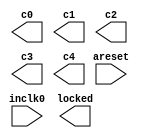
// megafunction wizard: %ALTPLL%VBB%
// GENERATION: STANDARD
// VERSION: WM1.0
// MODULE: altpll 

// ============================================================
// Megafunction Name(s):
// 			altpll
//
// Simulation Library Files(s):
// 			altera_mf
// ============================================================
// ************************************************************
// THIS IS A WIZARD-GENERATED FILE. DO NOT EDIT THIS FILE!
//
// 20.1.0 Build 711 06/05/2020 SJ Lite Edition
// ************************************************************

//Copyright (C) 2020  Intel Corporation. All rights reserved.
//Your use of Intel Corporation's design tools, logic functions 
//and other software and tools, and any partner logic 
//functions, and any output files from any of the foregoing 
//(including device programming or simulation files), and any 
//associated documentation or information are expressly subject 
//to the terms and conditions of the Intel Program License 
//Subscription Agreement, the Intel Quartus Prime License Agreement,
//the Intel FPGA IP License Agreement, or other applicable license
//agreement, including, without limitation, that your use is for
//the sole purpose of programming logic devices manufactured by
//Intel and sold by Intel or its authorized distributors.  Please
//refer to the applicable agreement for further details, at
//https://fpgasoftware.intel.com/eula.

module pll1 (
	areset,
	inclk0,
	c0,
	c1,
	c2,
	c3,
	c4,
	locked);

	input	  areset;
	input	  inclk0;
	output	  c0;
	output	  c1;
	output	  c2;
	output	  c3;
	output	  c4;
	output	  locked;
`ifndef ALTERA_RESERVED_QIS
// synopsys translate_off
`endif
	tri0	  areset;
`ifndef ALTERA_RESERVED_QIS
// synopsys translate_on
`endif

endmodule

// ============================================================
// CNX file retrieval info
// ============================================================
// Retrieval info: PRIVATE: ACTIVECLK_CHECK STRING "0"
// Retrieval info: PRIVATE: BANDWIDTH STRING "1.000"
// Retrieval info: PRIVATE: BANDWIDTH_FEATURE_ENABLED STRING "1"
// Retrieval info: PRIVATE: BANDWIDTH_FREQ_UNIT STRING "MHz"
// Retrieval info: PRIVATE: BANDWIDTH_PRESET STRING "Low"
// Retrieval info: PRIVATE: BANDWIDTH_USE_AUTO STRING "1"
// Retrieval info: PRIVATE: BANDWIDTH_USE_PRESET STRING "0"
// Retrieval info: PRIVATE: CLKBAD_SWITCHOVER_CHECK STRING "0"
// Retrieval info: PRIVATE: CLKLOSS_CHECK STRING "0"
// Retrieval info: PRIVATE: CLKSWITCH_CHECK STRING "0"
// Retrieval info: PRIVATE: CNX_NO_COMPENSATE_RADIO STRING "0"
// Retrieval info: PRIVATE: CREATE_CLKBAD_CHECK STRING "0"
// Retrieval info: PRIVATE: CREATE_INCLK1_CHECK STRING "0"
// Retrieval info: PRIVATE: CUR_DEDICATED_CLK STRING "c0"
// Retrieval info: PRIVATE: CUR_FBIN_CLK STRING "c0"
// Retrieval info: PRIVATE: DEVICE_SPEED_GRADE STRING "Any"
// Retrieval info: PRIVATE: DIV_FACTOR0 NUMERIC "1"
// Retrieval info: PRIVATE: DIV_FACTOR1 NUMERIC "1"
// Retrieval info: PRIVATE: DIV_FACTOR2 NUMERIC "1"
// Retrieval info: PRIVATE: DIV_FACTOR3 NUMERIC "1"
// Retrieval info: PRIVATE: DIV_FACTOR4 NUMERIC "1"
// Retrieval info: PRIVATE: DUTY_CYCLE0 STRING "50.00000000"
// Retrieval info: PRIVATE: DUTY_CYCLE1 STRING "50.00000000"
// Retrieval info: PRIVATE: DUTY_CYCLE2 STRING "50.00000000"
// Retrieval info: PRIVATE: DUTY_CYCLE3 STRING "50.00000000"
// Retrieval info: PRIVATE: DUTY_CYCLE4 STRING "50.00000000"
// Retrieval info: PRIVATE: EFF_OUTPUT_FREQ_VALUE0 STRING "25.000000"
// Retrieval info: PRIVATE: EFF_OUTPUT_FREQ_VALUE1 STRING "25.000000"
// Retrieval info: PRIVATE: EFF_OUTPUT_FREQ_VALUE2 STRING "25.000000"
// Retrieval info: PRIVATE: EFF_OUTPUT_FREQ_VALUE3 STRING "25.000000"
// Retrieval info: PRIVATE: EFF_OUTPUT_FREQ_VALUE4 STRING "25.000000"
// Retrieval info: PRIVATE: EXPLICIT_SWITCHOVER_COUNTER STRING "0"
// Retrieval info: PRIVATE: EXT_FEEDBACK_RADIO STRING "0"
// Retrieval info: PRIVATE: GLOCKED_COUNTER_EDIT_CHANGED STRING "1"
// Retrieval info: PRIVATE: GLOCKED_FEATURE_ENABLED STRING "0"
// Retrieval info: PRIVATE: GLOCKED_MODE_CHECK STRING "0"
// Retrieval info: PRIVATE: GLOCK_COUNTER_EDIT NUMERIC "1048575"
// Retrieval info: PRIVATE: HAS_MANUAL_SWITCHOVER STRING "1"
// Retrieval info: PRIVATE: INCLK0_FREQ_EDIT STRING "50.000"
// Retrieval info: PRIVATE: INCLK0_FREQ_UNIT_COMBO STRING "MHz"
// Retrieval info: PRIVATE: INCLK1_FREQ_EDIT STRING "100.000"
// Retrieval info: PRIVATE: INCLK1_FREQ_EDIT_CHANGED STRING "1"
// Retrieval info: PRIVATE: INCLK1_FREQ_UNIT_CHANGED STRING "1"
// Retrieval info: PRIVATE: INCLK1_FREQ_UNIT_COMBO STRING "MHz"
// Retrieval info: PRIVATE: INTENDED_DEVICE_FAMILY STRING "Cyclone IV E"
// Retrieval info: PRIVATE: INT_FEEDBACK__MODE_RADIO STRING "1"
// Retrieval info: PRIVATE: LOCKED_OUTPUT_CHECK STRING "1"
// Retrieval info: PRIVATE: LONG_SCAN_RADIO STRING "1"
// Retrieval info: PRIVATE: LVDS_MODE_DATA_RATE STRING "Not Available"
// Retrieval info: PRIVATE: LVDS_MODE_DATA_RATE_DIRTY NUMERIC "0"
// Retrieval info: PRIVATE: LVDS_PHASE_SHIFT_UNIT0 STRING "ps"
// Retrieval info: PRIVATE: LVDS_PHASE_SHIFT_UNIT1 STRING "deg"
// Retrieval info: PRIVATE: LVDS_PHASE_SHIFT_UNIT2 STRING "deg"
// Retrieval info: PRIVATE: LVDS_PHASE_SHIFT_UNIT3 STRING "deg"
// Retrieval info: PRIVATE: LVDS_PHASE_SHIFT_UNIT4 STRING "deg"
// Retrieval info: PRIVATE: MIG_DEVICE_SPEED_GRADE STRING "Any"
// Retrieval info: PRIVATE: MIRROR_CLK0 STRING "0"
// Retrieval info: PRIVATE: MIRROR_CLK1 STRING "0"
// Retrieval info: PRIVATE: MIRROR_CLK2 STRING "0"
// Retrieval info: PRIVATE: MIRROR_CLK3 STRING "0"
// Retrieval info: PRIVATE: MIRROR_CLK4 STRING "0"
// Retrieval info: PRIVATE: MULT_FACTOR0 NUMERIC "1"
// Retrieval info: PRIVATE: MULT_FACTOR1 NUMERIC "1"
// Retrieval info: PRIVATE: MULT_FACTOR2 NUMERIC "1"
// Retrieval info: PRIVATE: MULT_FACTOR3 NUMERIC "1"
// Retrieval info: PRIVATE: MULT_FACTOR4 NUMERIC "1"
// Retrieval info: PRIVATE: NORMAL_MODE_RADIO STRING "1"
// Retrieval info: PRIVATE: OUTPUT_FREQ0 STRING "25.00000000"
// Retrieval info: PRIVATE: OUTPUT_FREQ1 STRING "25.00000000"
// Retrieval info: PRIVATE: OUTPUT_FREQ2 STRING "25.00000000"
// Retrieval info: PRIVATE: OUTPUT_FREQ3 STRING "25.00000000"
// Retrieval info: PRIVATE: OUTPUT_FREQ4 STRING "25.00000000"
// Retrieval info: PRIVATE: OUTPUT_FREQ_MODE0 STRING "1"
// Retrieval info: PRIVATE: OUTPUT_FREQ_MODE1 STRING "1"
// Retrieval info: PRIVATE: OUTPUT_FREQ_MODE2 STRING "1"
// Retrieval info: PRIVATE: OUTPUT_FREQ_MODE3 STRING "1"
// Retrieval info: PRIVATE: OUTPUT_FREQ_MODE4 STRING "1"
// Retrieval info: PRIVATE: OUTPUT_FREQ_UNIT0 STRING "MHz"
// Retrieval info: PRIVATE: OUTPUT_FREQ_UNIT1 STRING "MHz"
// Retrieval info: PRIVATE: OUTPUT_FREQ_UNIT2 STRING "MHz"
// Retrieval info: PRIVATE: OUTPUT_FREQ_UNIT3 STRING "MHz"
// Retrieval info: PRIVATE: OUTPUT_FREQ_UNIT4 STRING "MHz"
// Retrieval info: PRIVATE: PHASE_RECONFIG_FEATURE_ENABLED STRING "1"
// Retrieval info: PRIVATE: PHASE_RECONFIG_INPUTS_CHECK STRING "0"
// Retrieval info: PRIVATE: PHASE_SHIFT0 STRING "0.00000000"
// Retrieval info: PRIVATE: PHASE_SHIFT1 STRING "72.00000000"
// Retrieval info: PRIVATE: PHASE_SHIFT2 STRING "144.00000000"
// Retrieval info: PRIVATE: PHASE_SHIFT3 STRING "216.00000000"
// Retrieval info: PRIVATE: PHASE_SHIFT4 STRING "288.00000000"
// Retrieval info: PRIVATE: PHASE_SHIFT_STEP_ENABLED_CHECK STRING "0"
// Retrieval info: PRIVATE: PHASE_SHIFT_UNIT0 STRING "ps"
// Retrieval info: PRIVATE: PHASE_SHIFT_UNIT1 STRING "deg"
// Retrieval info: PRIVATE: PHASE_SHIFT_UNIT2 STRING "deg"
// Retrieval info: PRIVATE: PHASE_SHIFT_UNIT3 STRING "deg"
// Retrieval info: PRIVATE: PHASE_SHIFT_UNIT4 STRING "deg"
// Retrieval info: PRIVATE: PLL_ADVANCED_PARAM_CHECK STRING "0"
// Retrieval info: PRIVATE: PLL_ARESET_CHECK STRING "1"
// Retrieval info: PRIVATE: PLL_AUTOPLL_CHECK NUMERIC "1"
// Retrieval info: PRIVATE: PLL_ENHPLL_CHECK NUMERIC "0"
// Retrieval info: PRIVATE: PLL_FASTPLL_CHECK NUMERIC "0"
// Retrieval info: PRIVATE: PLL_FBMIMIC_CHECK STRING "0"
// Retrieval info: PRIVATE: PLL_LVDS_PLL_CHECK NUMERIC "0"
// Retrieval info: PRIVATE: PLL_PFDENA_CHECK STRING "0"
// Retrieval info: PRIVATE: PLL_TARGET_HARCOPY_CHECK NUMERIC "0"
// Retrieval info: PRIVATE: PRIMARY_CLK_COMBO STRING "inclk0"
// Retrieval info: PRIVATE: RECONFIG_FILE STRING "pll1.mif"
// Retrieval info: PRIVATE: SACN_INPUTS_CHECK STRING "0"
// Retrieval info: PRIVATE: SCAN_FEATURE_ENABLED STRING "1"
// Retrieval info: PRIVATE: SELF_RESET_LOCK_LOSS STRING "0"
// Retrieval info: PRIVATE: SHORT_SCAN_RADIO STRING "0"
// Retrieval info: PRIVATE: SPREAD_FEATURE_ENABLED STRING "0"
// Retrieval info: PRIVATE: SPREAD_FREQ STRING "50.000"
// Retrieval info: PRIVATE: SPREAD_FREQ_UNIT STRING "KHz"
// Retrieval info: PRIVATE: SPREAD_PERCENT STRING "0.500"
// Retrieval info: PRIVATE: SPREAD_USE STRING "0"
// Retrieval info: PRIVATE: SRC_SYNCH_COMP_RADIO STRING "0"
// Retrieval info: PRIVATE: STICKY_CLK0 STRING "1"
// Retrieval info: PRIVATE: STICKY_CLK1 STRING "1"
// Retrieval info: PRIVATE: STICKY_CLK2 STRING "1"
// Retrieval info: PRIVATE: STICKY_CLK3 STRING "1"
// Retrieval info: PRIVATE: STICKY_CLK4 STRING "1"
// Retrieval info: PRIVATE: SWITCHOVER_COUNT_EDIT NUMERIC "1"
// Retrieval info: PRIVATE: SWITCHOVER_FEATURE_ENABLED STRING "1"
// Retrieval info: PRIVATE: SYNTH_WRAPPER_GEN_POSTFIX STRING "0"
// Retrieval info: PRIVATE: USE_CLK0 STRING "1"
// Retrieval info: PRIVATE: USE_CLK1 STRING "1"
// Retrieval info: PRIVATE: USE_CLK2 STRING "1"
// Retrieval info: PRIVATE: USE_CLK3 STRING "1"
// Retrieval info: PRIVATE: USE_CLK4 STRING "1"
// Retrieval info: PRIVATE: USE_CLKENA0 STRING "0"
// Retrieval info: PRIVATE: USE_CLKENA1 STRING "0"
// Retrieval info: PRIVATE: USE_CLKENA2 STRING "0"
// Retrieval info: PRIVATE: USE_CLKENA3 STRING "0"
// Retrieval info: PRIVATE: USE_CLKENA4 STRING "0"
// Retrieval info: PRIVATE: USE_MIL_SPEED_GRADE NUMERIC "0"
// Retrieval info: PRIVATE: ZERO_DELAY_RADIO STRING "0"
// Retrieval info: LIBRARY: altera_mf altera_mf.altera_mf_components.all
// Retrieval info: CONSTANT: BANDWIDTH_TYPE STRING "AUTO"
// Retrieval info: CONSTANT: CLK0_DIVIDE_BY NUMERIC "2"
// Retrieval info: CONSTANT: CLK0_DUTY_CYCLE NUMERIC "50"
// Retrieval info: CONSTANT: CLK0_MULTIPLY_BY NUMERIC "1"
// Retrieval info: CONSTANT: CLK0_PHASE_SHIFT STRING "0"
// Retrieval info: CONSTANT: CLK1_DIVIDE_BY NUMERIC "2"
// Retrieval info: CONSTANT: CLK1_DUTY_CYCLE NUMERIC "50"
// Retrieval info: CONSTANT: CLK1_MULTIPLY_BY NUMERIC "1"
// Retrieval info: CONSTANT: CLK1_PHASE_SHIFT STRING "8000"
// Retrieval info: CONSTANT: CLK2_DIVIDE_BY NUMERIC "2"
// Retrieval info: CONSTANT: CLK2_DUTY_CYCLE NUMERIC "50"
// Retrieval info: CONSTANT: CLK2_MULTIPLY_BY NUMERIC "1"
// Retrieval info: CONSTANT: CLK2_PHASE_SHIFT STRING "16000"
// Retrieval info: CONSTANT: CLK3_DIVIDE_BY NUMERIC "2"
// Retrieval info: CONSTANT: CLK3_DUTY_CYCLE NUMERIC "50"
// Retrieval info: CONSTANT: CLK3_MULTIPLY_BY NUMERIC "1"
// Retrieval info: CONSTANT: CLK3_PHASE_SHIFT STRING "24000"
// Retrieval info: CONSTANT: CLK4_DIVIDE_BY NUMERIC "2"
// Retrieval info: CONSTANT: CLK4_DUTY_CYCLE NUMERIC "50"
// Retrieval info: CONSTANT: CLK4_MULTIPLY_BY NUMERIC "1"
// Retrieval info: CONSTANT: CLK4_PHASE_SHIFT STRING "32000"
// Retrieval info: CONSTANT: COMPENSATE_CLOCK STRING "CLK0"
// Retrieval info: CONSTANT: INCLK0_INPUT_FREQUENCY NUMERIC "20000"
// Retrieval info: CONSTANT: INTENDED_DEVICE_FAMILY STRING "Cyclone IV E"
// Retrieval info: CONSTANT: LPM_TYPE STRING "altpll"
// Retrieval info: CONSTANT: OPERATION_MODE STRING "NORMAL"
// Retrieval info: CONSTANT: PLL_TYPE STRING "AUTO"
// Retrieval info: CONSTANT: PORT_ACTIVECLOCK STRING "PORT_UNUSED"
// Retrieval info: CONSTANT: PORT_ARESET STRING "PORT_USED"
// Retrieval info: CONSTANT: PORT_CLKBAD0 STRING "PORT_UNUSED"
// Retrieval info: CONSTANT: PORT_CLKBAD1 STRING "PORT_UNUSED"
// Retrieval info: CONSTANT: PORT_CLKLOSS STRING "PORT_UNUSED"
// Retrieval info: CONSTANT: PORT_CLKSWITCH STRING "PORT_UNUSED"
// Retrieval info: CONSTANT: PORT_CONFIGUPDATE STRING "PORT_UNUSED"
// Retrieval info: CONSTANT: PORT_FBIN STRING "PORT_UNUSED"
// Retrieval info: CONSTANT: PORT_INCLK0 STRING "PORT_USED"
// Retrieval info: CONSTANT: PORT_INCLK1 STRING "PORT_UNUSED"
// Retrieval info: CONSTANT: PORT_LOCKED STRING "PORT_USED"
// Retrieval info: CONSTANT: PORT_PFDENA STRING "PORT_UNUSED"
// Retrieval info: CONSTANT: PORT_PHASECOUNTERSELECT STRING "PORT_UNUSED"
// Retrieval info: CONSTANT: PORT_PHASEDONE STRING "PORT_UNUSED"
// Retrieval info: CONSTANT: PORT_PHASESTEP STRING "PORT_UNUSED"
// Retrieval info: CONSTANT: PORT_PHASEUPDOWN STRING "PORT_UNUSED"
// Retrieval info: CONSTANT: PORT_PLLENA STRING "PORT_UNUSED"
// Retrieval info: CONSTANT: PORT_SCANACLR STRING "PORT_UNUSED"
// Retrieval info: CONSTANT: PORT_SCANCLK STRING "PORT_UNUSED"
// Retrieval info: CONSTANT: PORT_SCANCLKENA STRING "PORT_UNUSED"
// Retrieval info: CONSTANT: PORT_SCANDATA STRING "PORT_UNUSED"
// Retrieval info: CONSTANT: PORT_SCANDATAOUT STRING "PORT_UNUSED"
// Retrieval info: CONSTANT: PORT_SCANDONE STRING "PORT_UNUSED"
// Retrieval info: CONSTANT: PORT_SCANREAD STRING "PORT_UNUSED"
// Retrieval info: CONSTANT: PORT_SCANWRITE STRING "PORT_UNUSED"
// Retrieval info: CONSTANT: PORT_clk0 STRING "PORT_USED"
// Retrieval info: CONSTANT: PORT_clk1 STRING "PORT_USED"
// Retrieval info: CONSTANT: PORT_clk2 STRING "PORT_USED"
// Retrieval info: CONSTANT: PORT_clk3 STRING "PORT_USED"
// Retrieval info: CONSTANT: PORT_clk4 STRING "PORT_USED"
// Retrieval info: CONSTANT: PORT_clk5 STRING "PORT_UNUSED"
// Retrieval info: CONSTANT: PORT_clkena0 STRING "PORT_UNUSED"
// Retrieval info: CONSTANT: PORT_clkena1 STRING "PORT_UNUSED"
// Retrieval info: CONSTANT: PORT_clkena2 STRING "PORT_UNUSED"
// Retrieval info: CONSTANT: PORT_clkena3 STRING "PORT_UNUSED"
// Retrieval info: CONSTANT: PORT_clkena4 STRING "PORT_UNUSED"
// Retrieval info: CONSTANT: PORT_clkena5 STRING "PORT_UNUSED"
// Retrieval info: CONSTANT: PORT_extclk0 STRING "PORT_UNUSED"
// Retrieval info: CONSTANT: PORT_extclk1 STRING "PORT_UNUSED"
// Retrieval info: CONSTANT: PORT_extclk2 STRING "PORT_UNUSED"
// Retrieval info: CONSTANT: PORT_extclk3 STRING "PORT_UNUSED"
// Retrieval info: CONSTANT: SELF_RESET_ON_LOSS_LOCK STRING "OFF"
// Retrieval info: CONSTANT: WIDTH_CLOCK NUMERIC "5"
// Retrieval info: USED_PORT: @clk 0 0 5 0 OUTPUT_CLK_EXT VCC "@clk[4..0]"
// Retrieval info: USED_PORT: areset 0 0 0 0 INPUT GND "areset"
// Retrieval info: USED_PORT: c0 0 0 0 0 OUTPUT_CLK_EXT VCC "c0"
// Retrieval info: USED_PORT: c1 0 0 0 0 OUTPUT_CLK_EXT VCC "c1"
// Retrieval info: USED_PORT: c2 0 0 0 0 OUTPUT_CLK_EXT VCC "c2"
// Retrieval info: USED_PORT: c3 0 0 0 0 OUTPUT_CLK_EXT VCC "c3"
// Retrieval info: USED_PORT: c4 0 0 0 0 OUTPUT_CLK_EXT VCC "c4"
// Retrieval info: USED_PORT: inclk0 0 0 0 0 INPUT_CLK_EXT GND "inclk0"
// Retrieval info: USED_PORT: locked 0 0 0 0 OUTPUT GND "locked"
// Retrieval info: CONNECT: @areset 0 0 0 0 areset 0 0 0 0
// Retrieval info: CONNECT: @inclk 0 0 1 1 GND 0 0 0 0
// Retrieval info: CONNECT: @inclk 0 0 1 0 inclk0 0 0 0 0
// Retrieval info: CONNECT: c0 0 0 0 0 @clk 0 0 1 0
// Retrieval info: CONNECT: c1 0 0 0 0 @clk 0 0 1 1
// Retrieval info: CONNECT: c2 0 0 0 0 @clk 0 0 1 2
// Retrieval info: CONNECT: c3 0 0 0 0 @clk 0 0 1 3
// Retrieval info: CONNECT: c4 0 0 0 0 @clk 0 0 1 4
// Retrieval info: CONNECT: locked 0 0 0 0 @locked 0 0 0 0
// Retrieval info: GEN_FILE: TYPE_NORMAL pll1.v TRUE
// Retrieval info: GEN_FILE: TYPE_NORMAL pll1.ppf TRUE
// Retrieval info: GEN_FILE: TYPE_NORMAL pll1.inc FALSE
// Retrieval info: GEN_FILE: TYPE_NORMAL pll1.cmp FALSE
// Retrieval info: GEN_FILE: TYPE_NORMAL pll1.bsf TRUE
// Retrieval info: GEN_FILE: TYPE_NORMAL pll1_inst.v FALSE
// Retrieval info: GEN_FILE: TYPE_NORMAL pll1_bb.v TRUE
// Retrieval info: LIB_FILE: altera_mf
// Retrieval info: CBX_MODULE_PREFIX: ON